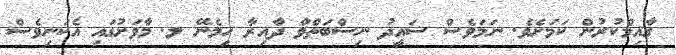
ގާއިމްކުރުން ކަމަށެވެ. ނަމަވެސް ސައީދު ނިސްބަތްވާ ދާއިރާ ހިމެނޭ ލ. މާވަށުގައި އެކަނިވެސް